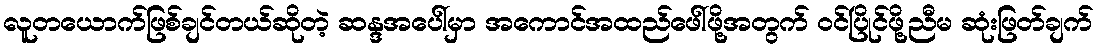
လူတယောက်ဖြစ်ချင်တယ်ဆိုတဲ့ ဆန္ဒအပေါ်မှာ အကောင်အထည်ဖေါ်ဖို့အတွက် ဝင်ပြိုင်ဖို့ညီမ ဆုံးဖြတ်ချက်